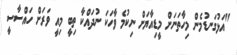
"އަޅުގަނޑުމެން މިހާތަނަށް މީޑިއާޔަށް ނިކުމެ ވާހަކަ ނުދައްކާ ތިބީ މިއީ ވަރަށް ހައްސާސީ